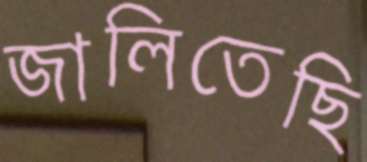
জালিতেছি